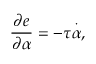
\frac { \partial e } { \partial \alpha } = - \tau \overset { \cdot } { \alpha } ,